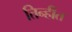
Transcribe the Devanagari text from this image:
तिन्हीत